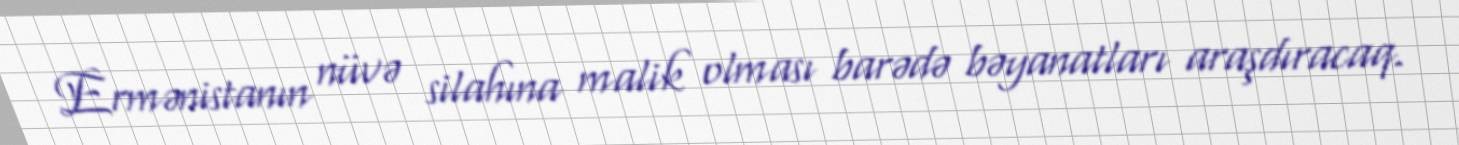
Ermənistanın nüvə silahına malik olması barədə bəyanatları araşdıracaq.